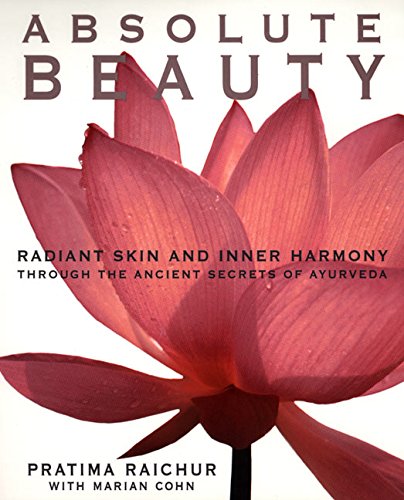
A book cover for Absolute Beauty: Radiant Skin and Inner Harmony Through the Ancient Secrets of Ayurveda; Pratima Raichur; Health, Fitness & Dieting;